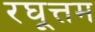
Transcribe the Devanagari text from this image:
रघूत्तम